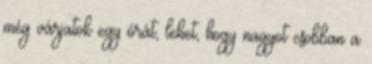
még várjatok egy órát, lehet, hogy nagyot csobban a